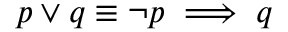
p \vee q \equiv \neg p \implies q